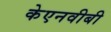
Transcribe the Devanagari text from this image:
केएनवीबी